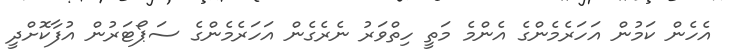
އެހެން ކަމުން އަހަރެމެންގެ އެންމެ މަތީ ހިތްވަރު ނެރެގެން އަހަރެމެންގެ ސަޕޯޓަރުން އުފާކޮށްދީ